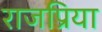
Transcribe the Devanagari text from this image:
राजप्रिया